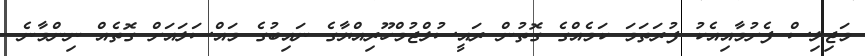
މަޖިލިސް ފެށުމާއިއެކު ފުރަތަމަ ކަމެއްގެ ގޮތުން ރައީސުލްޖުމްހޫރިއްޔާގެ ނައިބުގެ މައްސަލައަށް ގޮތެއް ނިންމާނެ